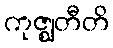
ကုဇ္ဈတီတိ